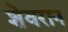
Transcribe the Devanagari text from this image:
शेवरान